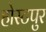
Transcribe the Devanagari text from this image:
होस्टपुर